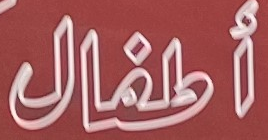
أطفال